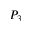
P _ { 3 }